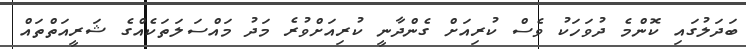
ބަދަލުގައި ކޮންމެ ދުވަހަކު ވެސް ކުރިއަށް ގެންދާނީ ކުރިއަށްވުރެ މަދު މައްސަލަތަކެއްގެ ޝަރީއަތްތައް